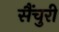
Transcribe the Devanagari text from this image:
सैंचुरी